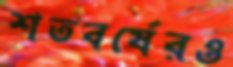
শতবর্ষেরও